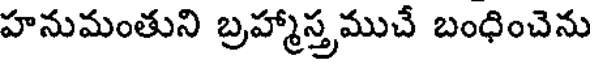
హనుమంతుని బ్రహ్మాస్త్రముచే బంధించెను